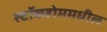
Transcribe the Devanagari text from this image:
स्टॉकहोममधील